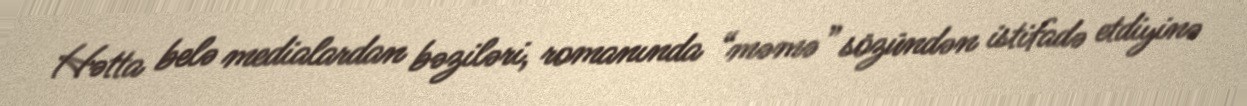
Hətta belə medialardan bəziləri, romanında “məmə” sözündən istifadə etdiyinə